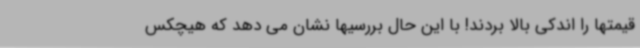
قیمتها را اندکی بالا بردند! با این حال بررسیها نشان می دهد که هیچکس